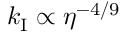
k _ { \mathrm { I } } \propto \eta ^ { - 4 / 9 }